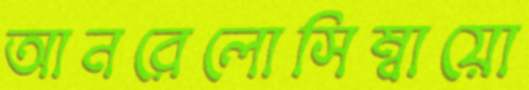
আনরেলোসিম্বায়ো